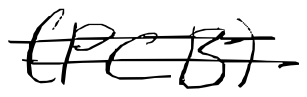
Text: (PCB)
Cross-out: double-line
Writing tool: digital_black